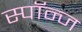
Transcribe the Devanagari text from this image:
स्पॉन्ज